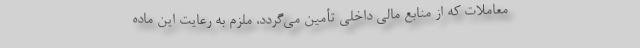
معاملات که از منابع مالی داخلی تأمین می‌گردد، ملزم به رعایت این ماده